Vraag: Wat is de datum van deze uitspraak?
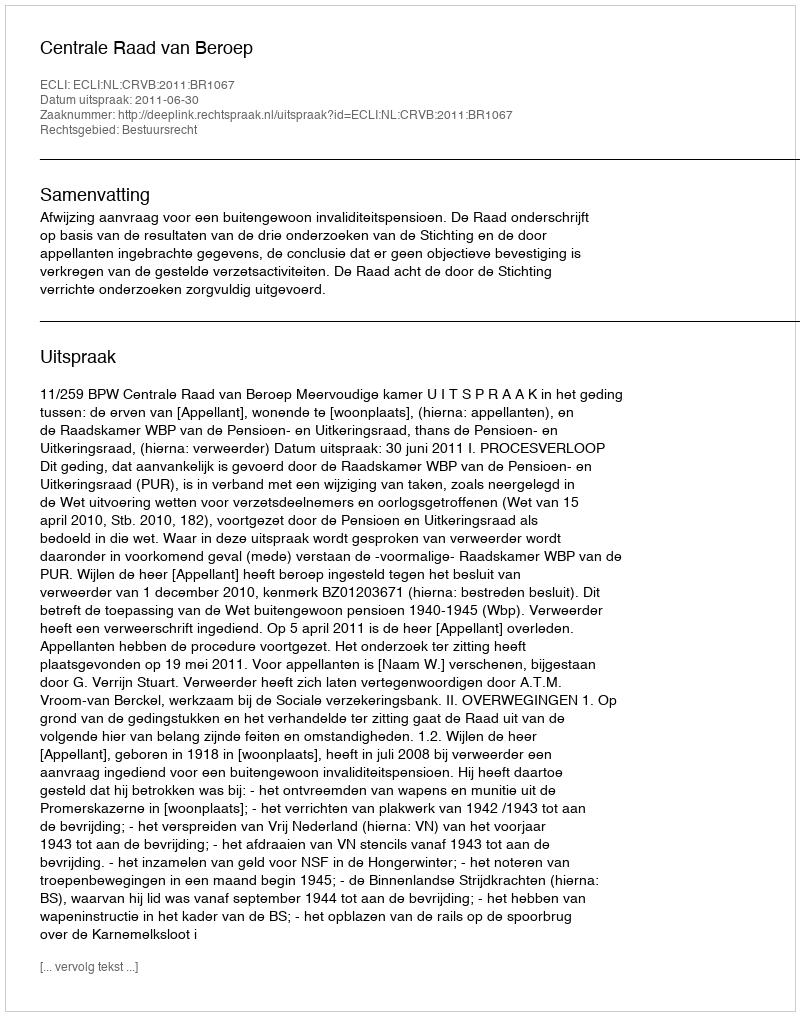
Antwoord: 2011-06-30